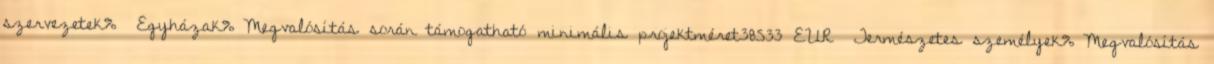
szervezetek% ▪Egyházak%▪Megvalósítás során támogatható minimális projektméret38533 EUR ▪Természetes személyek%▪Megvalósítás